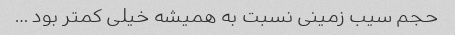
حجم سیب زمینی نسبت به همیشه خیلی کمتر بود …